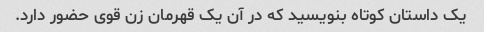
یک داستان کوتاه بنویسید که در آن یک قهرمان زن قوی حضور دارد.